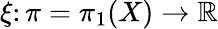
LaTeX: \xi\colon\pi=\pi_{1}(X)\to\mathbb{R}